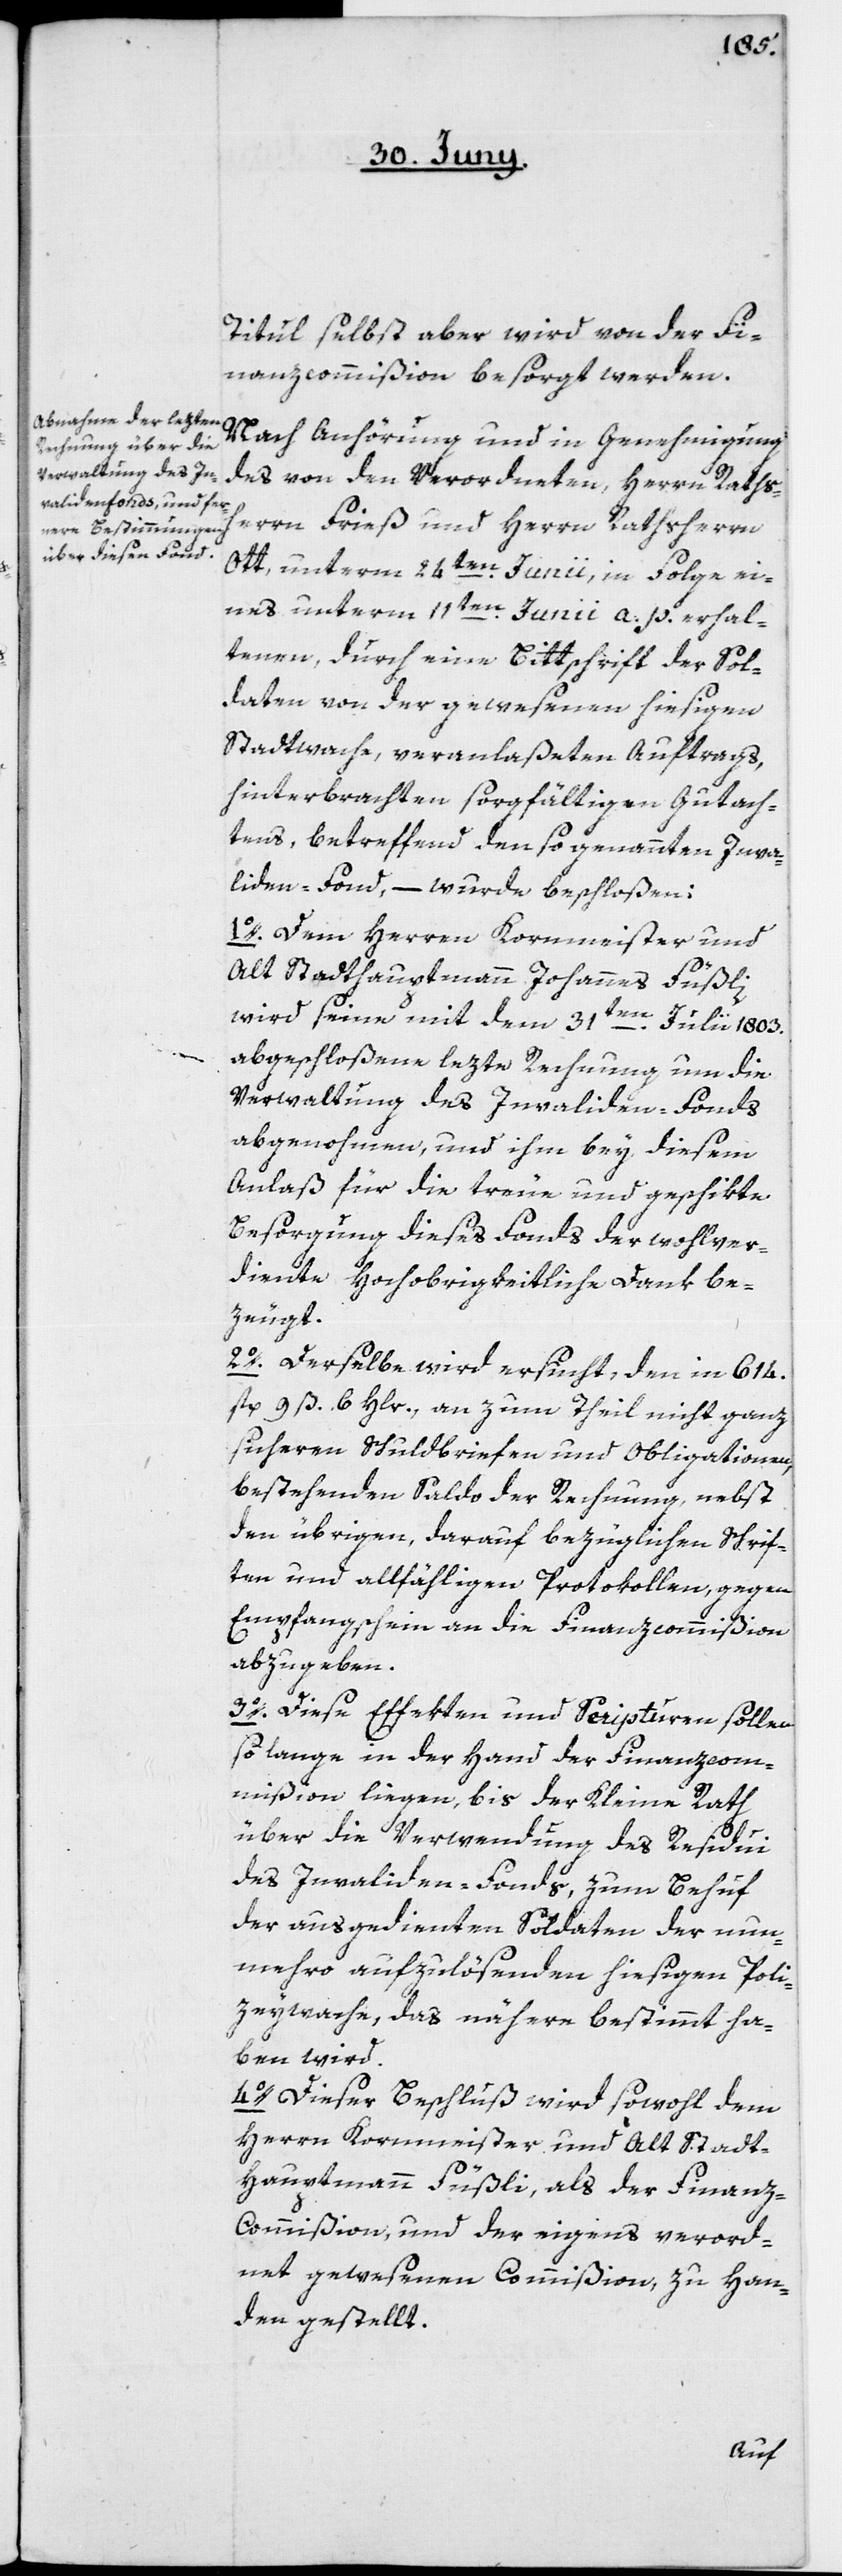
Titul selbst aber wird von der Fi¬
nanzcommißion besorgt werden.
Nach Anhörung und in Genehmigung
des von den Verordneten, Herrn Raths¬
herrn Frieß und Herrn Rathsherrn
Ott, unterm 24ten Junii, in Folge ei¬
nes unterm 11ten Junii a. p. erhal¬
tenen, durch eine Bittschrift der Sol¬
daten von der gewesenen hiesigen
Stadtwache, veranlaßeten Auftrags,
hinterbrachten sorgfältigen Gutach¬
tens, betreffend den sogenannten Inva¬
liden-Fond, wurde beschloßen:
1o. Dem Herren Kornmeister und
Alt Stadthauptmann Johannes Füßli,
wird seine mit dem 31ten Julii 1803.
abgeschloßene lezte Rechnung um die
Verwaltung des Invaliden-Fonds
abgenohmen, und ihm bey diesem
Anlaß für die treue und geschikte
Besorgung dieses Fonds der wohlver¬
diente Hochobrigkeitliche Dank be¬
zeugt.
2o. Derselbe wird ersucht, den in 614.
fl. 9 ß 6 Hlr., an zum Theil nicht ganz
sicheren Schuldbriefen und Obligationen,
bestehenden Saldo der Rechnung, nebst
den übrigen, darauf bezüglichen Schrif¬
ten und allfähligen Protokollen, gegen
Empfangsschein an die Finanzcommißion
abzugeben.
3o. Diese Effekten und Scripturen sollen
so lange in der Hand der Finanzcom¬
mißion liegen, bis der Kleine Rath
über die Verwendung des Residui
des Invaliden-Fonds, zum Behuf
der ausgedienten Soldaten der nun¬
mehro aufzulösenden hiesigen Poli¬
zeywache, das nähere bestimmt ha¬
ben wird.
4o. Dieser Beschluß wird sowohl dem
Herrn Kornmeister und Alt Stadt¬
hauptmann Füßli, als der Finanz-C¬
ommißion und der eigens verord¬
net gewesenen Commißion, zu Han¬
den gestellt.